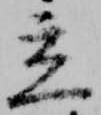
立